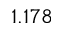
1 . 1 7 8